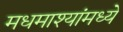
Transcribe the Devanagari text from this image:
मधमाश्यांमध्ये